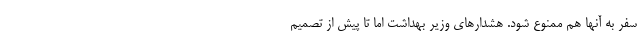
سفر به آنها هم ممنوع شود. هشدارهای وزیر بهداشت اما تا پیش از تصمیم